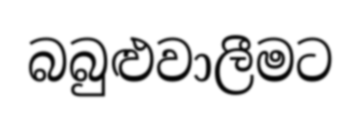
බබුළුවාලීමට